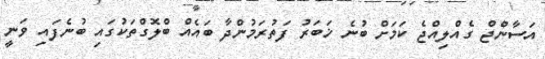
އަސާންޖް ގެއްލިއްޖެ ކަމަށް ބުނެ ޚަބަރު ފަތުރަމުންދާ ބައެއް ބްލޮގްތަކުގައި ބުނެފައި ވަނީ